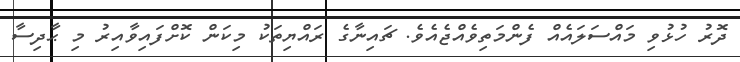
ދޮރު ހުޅުވި މައްސަލައެއް ފެންމަތިވެއްޖެއެވެ. ޗައިނާގެ ރައްޔިތަކު މިކަން ކޮށްފައިވާއިރު މި ޙާދިސާ